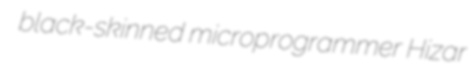
black-skinned microprogrammer Hizar